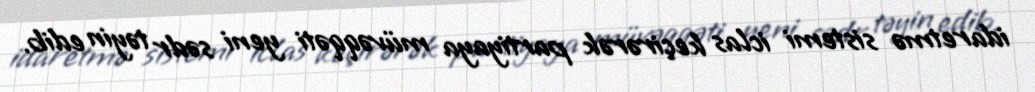
idaretmə sistemi iclas keçirərək partiyaya müvəqqəti yeni sədr təyin edib.